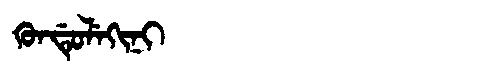
Manchu: ᡴᡠᠨᡩᡠᠯᡝᡴᡳᠨᡳ
Romanization: KUNDULEKINI